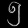
Digit: ၅